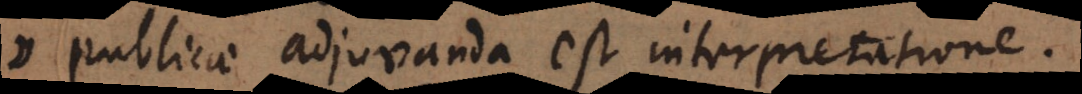
publicae adjuvanda est interpretatione.